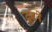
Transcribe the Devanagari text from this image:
ढुढने